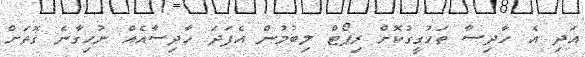
އަދި އެ ހާދިސާ ތަހުގީގުކޮށް ރިޕޯޓް ލިބުމުން އެފަދަ ހާދިސާއެއް ނުހިގާނެ ގޮތަށް